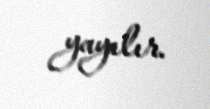
yayılır.